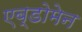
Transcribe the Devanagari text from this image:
एब्डोमेन